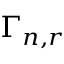
\Gamma _ { n , r }